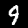
Label: 9